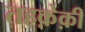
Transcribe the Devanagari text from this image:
तहक़ेक़ी